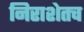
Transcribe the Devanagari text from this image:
निराशेतच